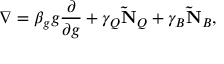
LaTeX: \nabla = \beta _ { g } g \frac { \partial } { \partial g } + \gamma _ { Q } \mathbf { \tilde { N } } _ { Q } + \gamma _ { B } \mathbf { \tilde { N } } _ { B } ,